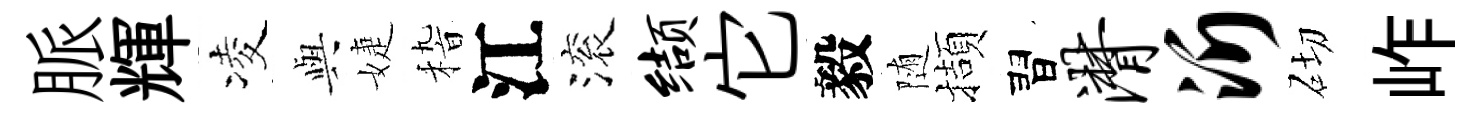
脈輝凌𫤰婕𥟵江滚缬它毅随擷習潸沂砌岞